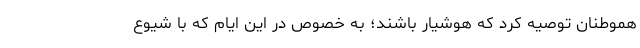
هموطنان توصیه کرد که هوشیار باشند؛ به خصوص در این ایام که با شیوع